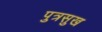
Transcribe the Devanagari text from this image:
पुत्रसुख